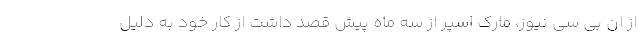
از ان بی سی نیوز، مارک اسپر از سه ماه پیش قصد داشت از کار خود به دلیل